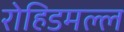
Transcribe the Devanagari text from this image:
रोहिडमल्ल